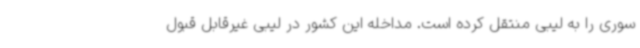
سوری را به لیبی منتقل کرده است. مداخله این کشور در لیبی غیرقابل قبول